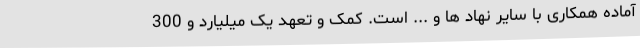
آماده همکاری با سایر نهاد ها و ... است. کمک و تعهد یک میلیارد و 300